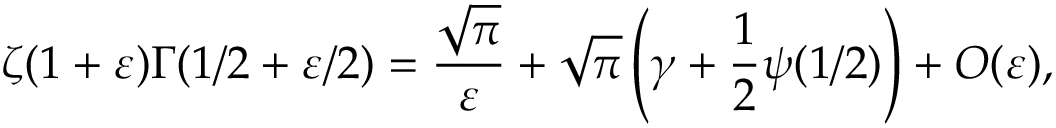
\zeta ( 1 + \varepsilon ) \Gamma ( 1 / 2 + \varepsilon / 2 ) = \frac { \sqrt { \pi } } { \varepsilon } + \sqrt { \pi } \left( \gamma + \frac 1 2 \psi ( 1 / 2 ) \right) + O ( \varepsilon ) ,